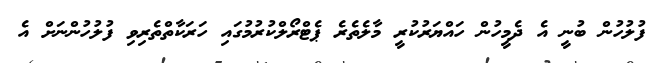
ފުލުހުން ބުނީ އެ ދެމީހުން ހައްޔަރުކުރީ މާލެތެރެ ޕެޓްރޯލްކުރުމުގައި ހަރަކާތްތެރިވި ފުލުހުންނަށް އެ